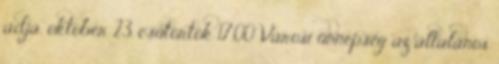
adja. október 23. csütörtök 17.00 Városi ünnepség az általános